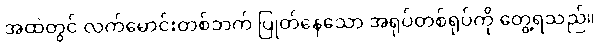
အထဲတွင် လက်မောင်းတစ်ဘက် ပြုတ်နေသော အရုပ်တစ်ရုပ်ကို တွေ့ရသည်။